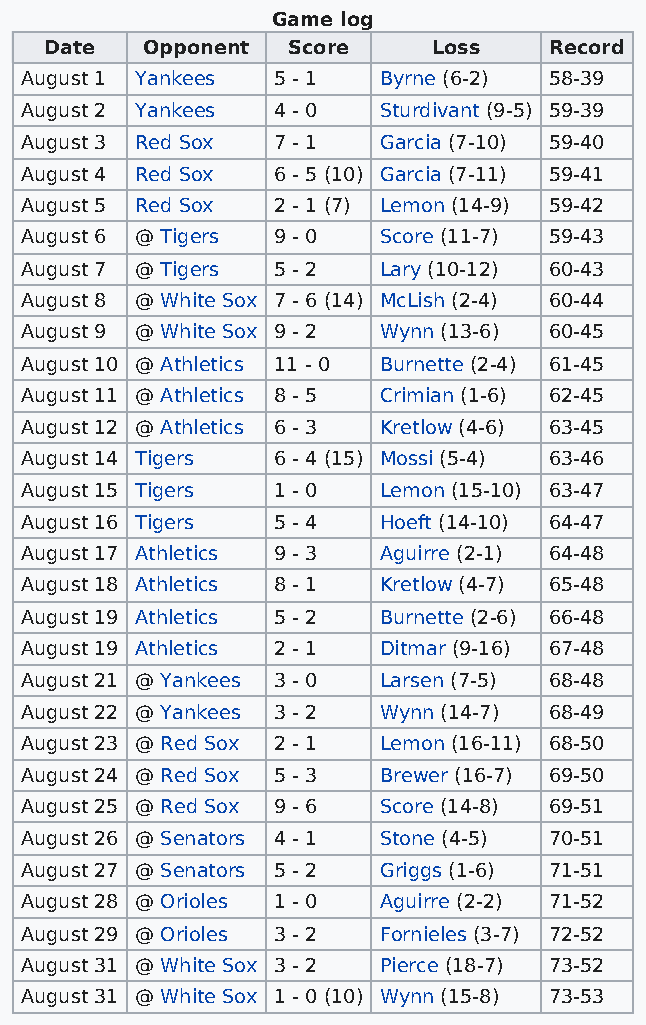
Game log
 Date  Opponent  Score     Loss   Record
 August 1 Yankees 5 - 1  Byrne (6-2) 58-39
 August 2 Yankees 4 - 0  Sturdivant (9-5) 59-39
 August 3 Red Sox 7 - 1  Garcia (7-10) 59-40
 August 4 Red Sox 6 - 5 (10) Garcia (7-11) 59-41
 August 5 Red Sox 2 - 1 (7) Lemon (14-9) 59-42
 August 6 @ Tigers 9 - 0 Score (11-7) 59-43
 August 7 @ Tigers 5 - 2 Lary (10-12) 60-43
 August 8 @ White Sox 7 - 6 (14) McLish (2-4) 60-44
 August 9 @ White Sox 9 - 2 Wynn (13-6) 60-45
 August 10 @ Athletics 11 - 0 Burnette (2-4) 61-45
 August 11 @ Athletics 8 - 5 Crimian (1-6) 62-45
 August 12 @ Athletics 6 - 3 Kretlow (4-6) 63-45
 August 14 Tigers 6 - 4 (15) Mossi (5-4) 63-46
 August 15 Tigers 1 - 0  Lemon (15-10) 63-47
 August 16 Tigers 5 - 4  Hoeft (14-10) 64-47
 August 17 Athletics 9 - 3 Aguirre (2-1) 64-48
 August 18 Athletics 8 - 1 Kretlow (4-7) 65-48
 August 19 Athletics 5 - 2 Burnette (2-6) 66-48
 August 19 Athletics 2 - 1 Ditmar (9-16) 67-48
 August 21 @ Yankees 3 - 0 Larsen (7-5) 68-48
 August 22 @ Yankees 3 - 2 Wynn (14-7) 68-49
 August 23 @ Red Sox 2 - 1 Lemon (16-11) 68-50
 August 24 @ Red Sox 5 - 3 Brewer (16-7) 69-50
 August 25 @ Red Sox 9 - 6 Score (14-8) 69-51
 August 26 @ Senators 4 - 1 Stone (4-5) 70-51
 August 27 @ Senators 5 - 2 Griggs (1-6) 71-51
 August 28 @ Orioles 1 - 0 Aguirre (2-2) 71-52
 August 29 @ Orioles 3 - 2 Fornieles (3-7) 72-52
 August 31 @ White Sox 3 - 2 Pierce (18-7) 73-52
 August 31 @ White Sox 1 - 0 (10) Wynn (15-8) 73-53